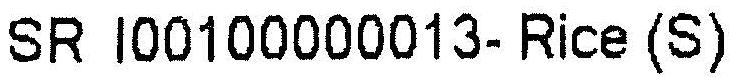
SR I00100000013- RICE (S)